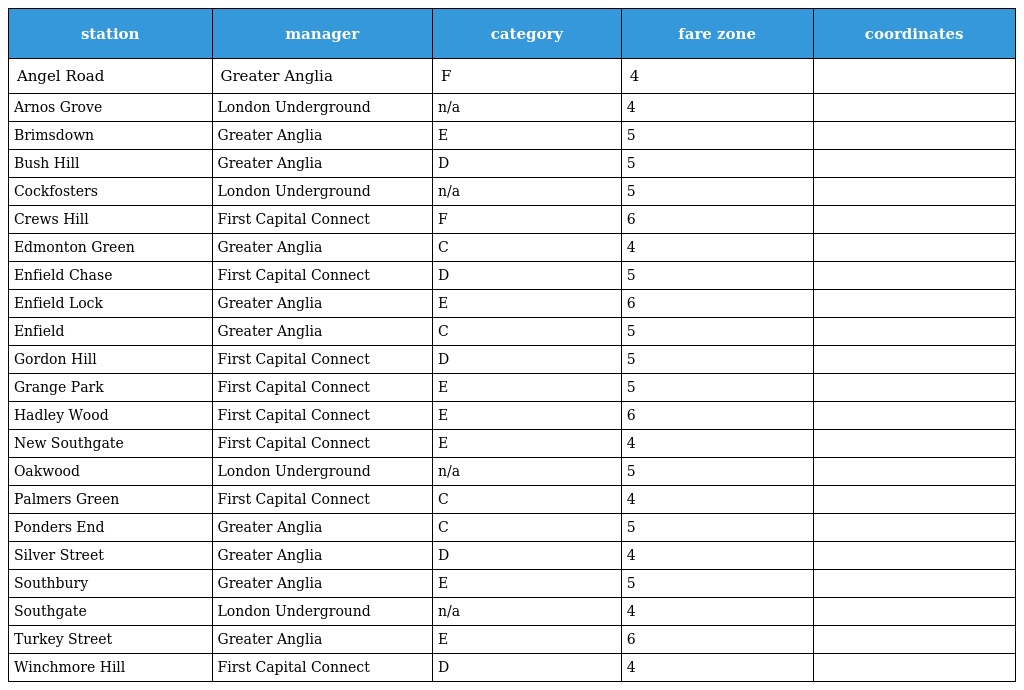
| station | manager | category | fare zone | coordinates |
 | --- | --- | --- | --- | --- |
 | Angel Road | Greater Anglia | F | 4 |  |
 | Arnos Grove | London Underground | n/a | 4 |  |
 | Brimsdown | Greater Anglia | E | 5 |  |
 | Bush Hill | Greater Anglia | D | 5 |  |
 | Cockfosters | London Underground | n/a | 5 |  |
 | Crews Hill | First Capital Connect | F | 6 |  |
 | Edmonton Green | Greater Anglia | C | 4 |  |
 | Enfield Chase | First Capital Connect | D | 5 |  |
 | Enfield Lock | Greater Anglia | E | 6 |  |
 | Enfield | Greater Anglia | C | 5 |  |
 | Gordon Hill | First Capital Connect | D | 5 |  |
 | Grange Park | First Capital Connect | E | 5 |  |
 | Hadley Wood | First Capital Connect | E | 6 |  |
 | New Southgate | First Capital Connect | E | 4 |  |
 | Oakwood | London Underground | n/a | 5 |  |
 | Palmers Green | First Capital Connect | C | 4 |  |
 | Ponders End | Greater Anglia | C | 5 |  |
 | Silver Street | Greater Anglia | D | 4 |  |
 | Southbury | Greater Anglia | E | 5 |  |
 | Southgate | London Underground | n/a | 4 |  |
 | Turkey Street | Greater Anglia | E | 6 |  |
 | Winchmore Hill | First Capital Connect | D | 4 |  |